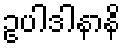
ဥပါဒါနာနိ